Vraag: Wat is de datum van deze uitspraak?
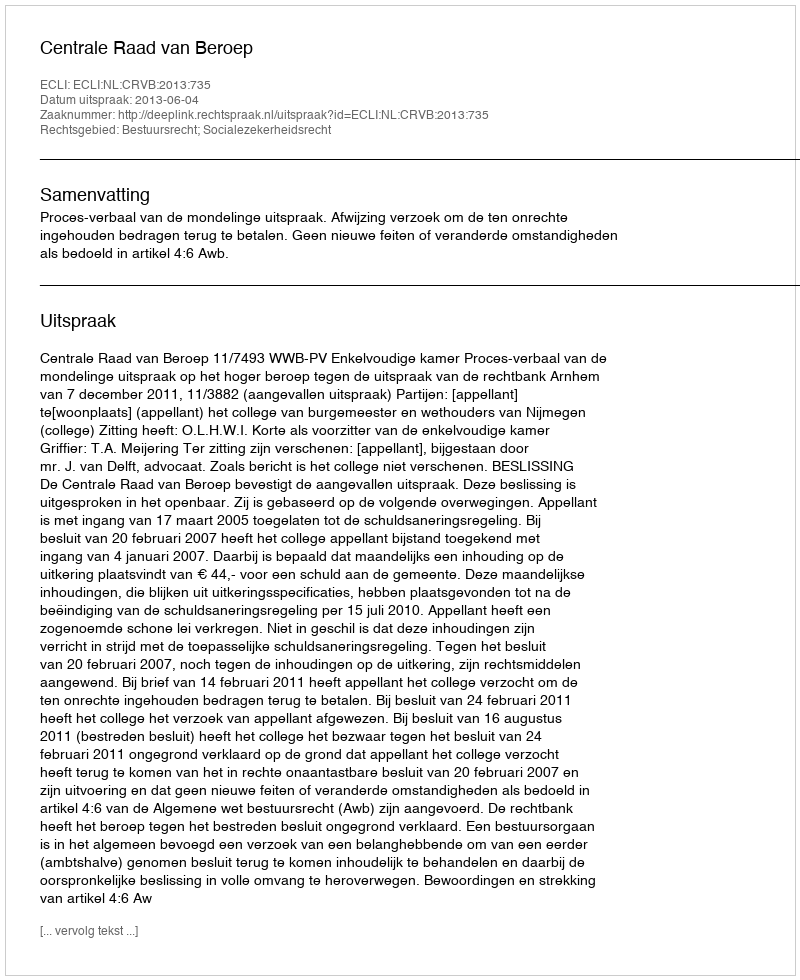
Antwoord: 2013-06-04